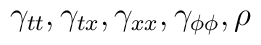
\gamma_{tt}, \gamma_{tx}, \gamma_{xx},\gamma_{\phi \phi}, \rho